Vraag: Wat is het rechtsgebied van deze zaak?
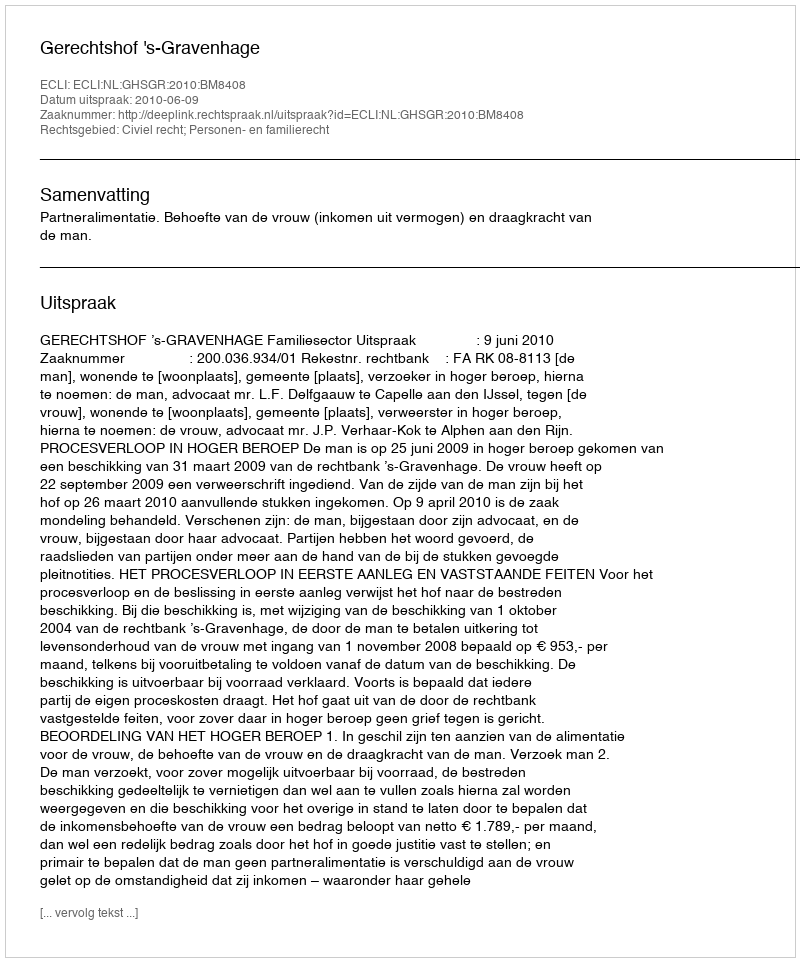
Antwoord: Civiel recht; Personen- en familierecht